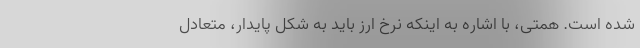
شده است. همتی، با اشاره به اینکه نرخ ارز باید به شکل پایدار، متعادل